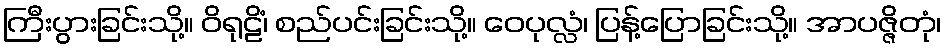
ကြီးပွားခြင်းသို့။ ဝိရုဠိံ၊ စည်ပင်းခြင်းသို့။ ဝေပုလ္လံ၊ ပြန့်ပြောခြင်းသို့။ အာပဇ္ဇိတုံ၊